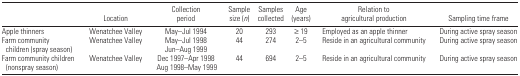
<table><thead><tr><td></td><td><b>Location</b></td><td><b>Collection period</b></td><td><b>Sample size (<i>n</i>)</b></td><td><b>Samples collected</b></td><td><b>Age (years)</b></td><td><b>Relation to agricultural production</b></td><td><b>Sampling time frame</b></td></tr></thead><tbody><tr><td>Apple thinners</td><td>Wenatchee Valley</td><td>May–Jul 1994</td><td>20</td><td>293</td><td>≥19</td><td>Employed as an apple thinner</td><td>During active spray season</td></tr><tr><td>Farm community children (spray season)</td><td>Wenatchee Valley</td><td>May–Jul 1998Jun–Aug 1999</td><td>44</td><td>274</td><td>2–5</td><td>Reside in an agricultural community</td><td>During active spray season</td></tr><tr><td>Farm community children (nonspray season)</td><td>Wenatchee Valley</td><td>Dec 1997–Apr 1998Aug 1998–May 1999</td><td>44</td><td>694</td><td>2–5</td><td>Reside in an agricultural community</td><td>During active spray season</td></tr></tbody></table>